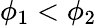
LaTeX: \phi_{1}<\phi_{2}